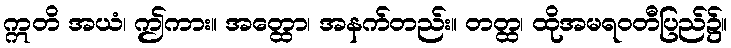
ဣတိ အယံ၊ ဤကား။ အတ္ထော၊ အနက်တည်း။ တတ္ထ၊ ထိုအမရဝတီပြည်၌။